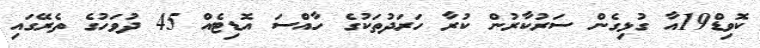
ކޮވިޑް19އާ ގުޅިގެން ސަރުކާރުން ކުރާ ހަރަދުތަކުގެ ހާއްސަ އޮޑިޓެއް 45 ދުވަހުގެ ތެރޭގައި